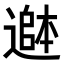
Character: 𮟄